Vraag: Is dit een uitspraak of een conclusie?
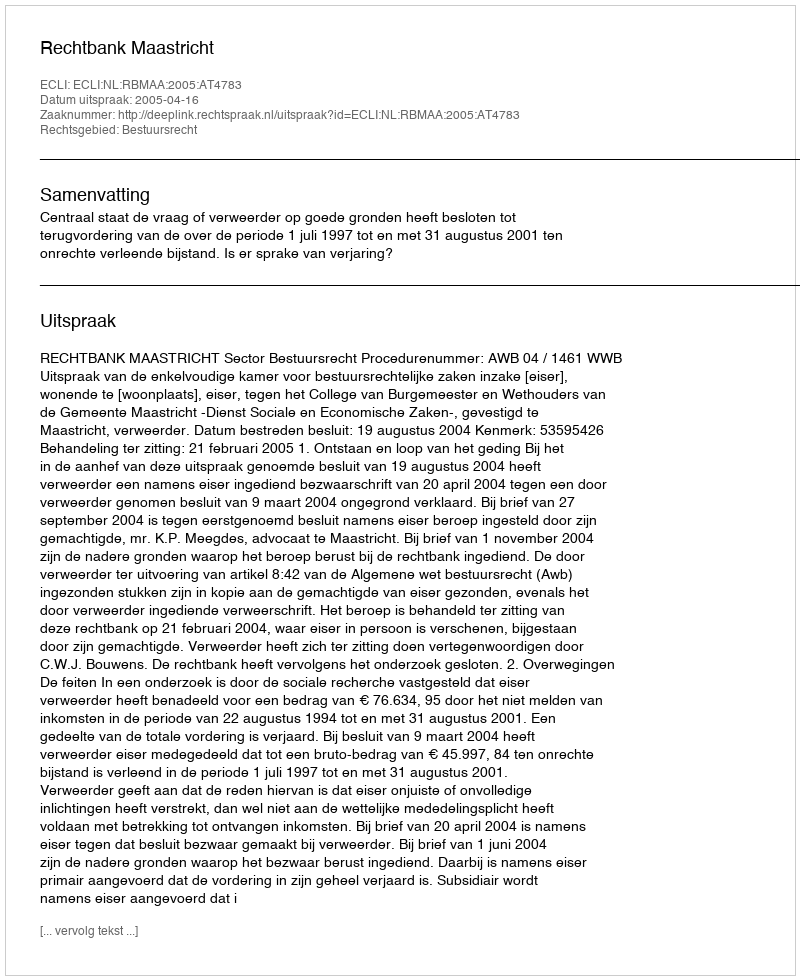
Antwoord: Uitspraak